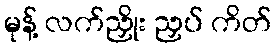
မုန့် လက်ညှိုး ညှပ် ကိတ်